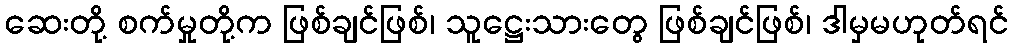
ဆေးတို့ စက်မှုတို့က ဖြစ်ချင်ဖြစ်၊ သူဋ္ဌေးသားတွေ ဖြစ်ချင်ဖြစ်၊ ဒါမှမဟုတ်ရင်